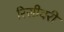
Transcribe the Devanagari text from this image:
रिसीवरी